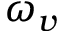
\omega _ { v }